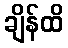
ချိန်ထိ